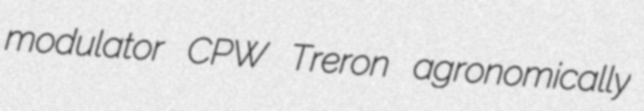
modulator CPW Treron agronomically